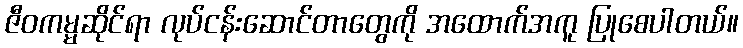
ဇီဝကမ္မဆိုင်ရာ လုပ်ငန်းဆောင်တာတွေကို အထောက်အကူ ပြုစေပါတယ်။